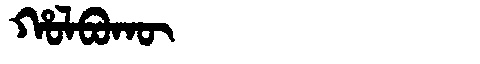
Manchu: ᡥᠣᠯᠪᠣᡴᡡ
Romanization: HOLBOKŪ